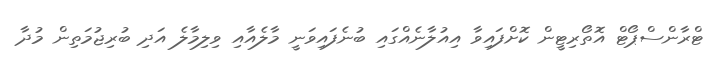
ޓްރާންސްޕޯޓް އޮތޯރިޓީން ކޮށްފައިވާ އިއުލާނެއްގައި ބުނެފައިވަނީ މާލެއާއި ވިލިމާލެ އަދި ބުރިޖުމަތިން މުދާ